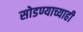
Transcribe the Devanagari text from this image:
सोडण्याच्याही